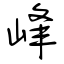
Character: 峰